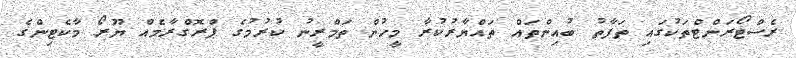
ރެސްޓޯރަންޓްތަކުގައި ތަފާތު ބުއިންތައް ތައްޔާރުކުރާ މީހުން ތަމްރީނު ކުރުމުގެ ޕްރޮގްރާމެއް ޔޫރޯ މާކެޓިންގެ